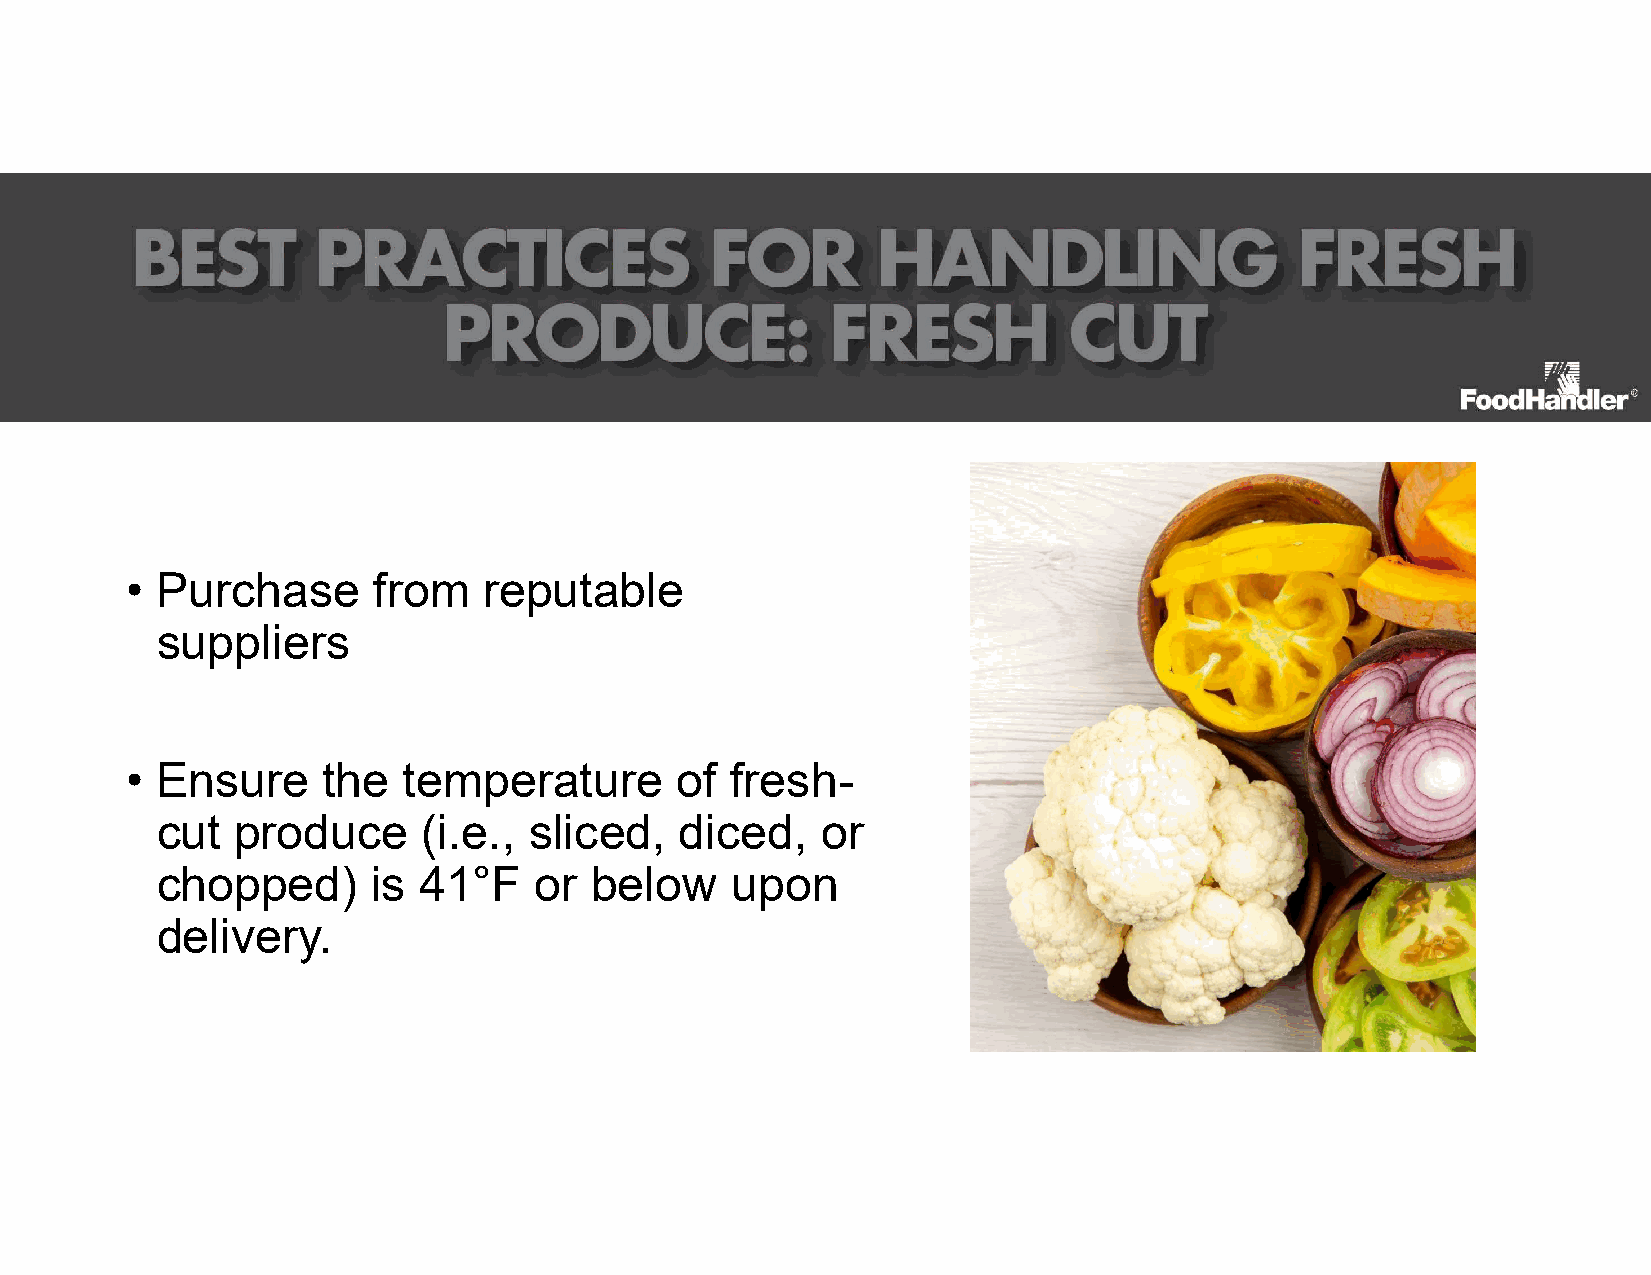
• Purchase       from   reputable
 suppliers
 • Ensure     the   temperature       of fresh-
 cut   produce     (i.e., sliced,   diced,   or
 chopped)       is 41°F   or  below    upon
 delivery.